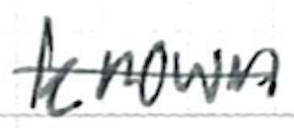
Text: known
Cross-out: single-line
Writing tool: ballpoint